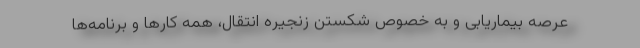
عرصه بیماریابی و به خصوص شکستن زنجیره انتقال، همه کارها و برنامه‌ها